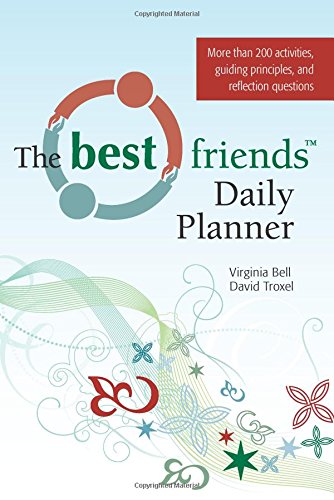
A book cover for The Best Friends Daily Planner; Virginia Bell MSW; Medical Books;